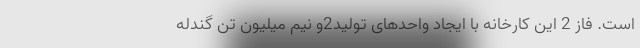
است. فاز 2 این کارخانه با ایجاد واحدهای تولید2و نیم میلیون تن گندله